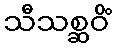
သီသစ္ဆဝိံ